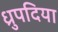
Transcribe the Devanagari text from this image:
ध्रुपदिया